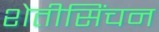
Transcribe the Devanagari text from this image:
शेतीसिंचन